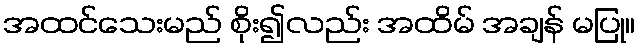
အထင်သေးမည် စိုး၍လည်း အထိမ် အချန် မပြု။